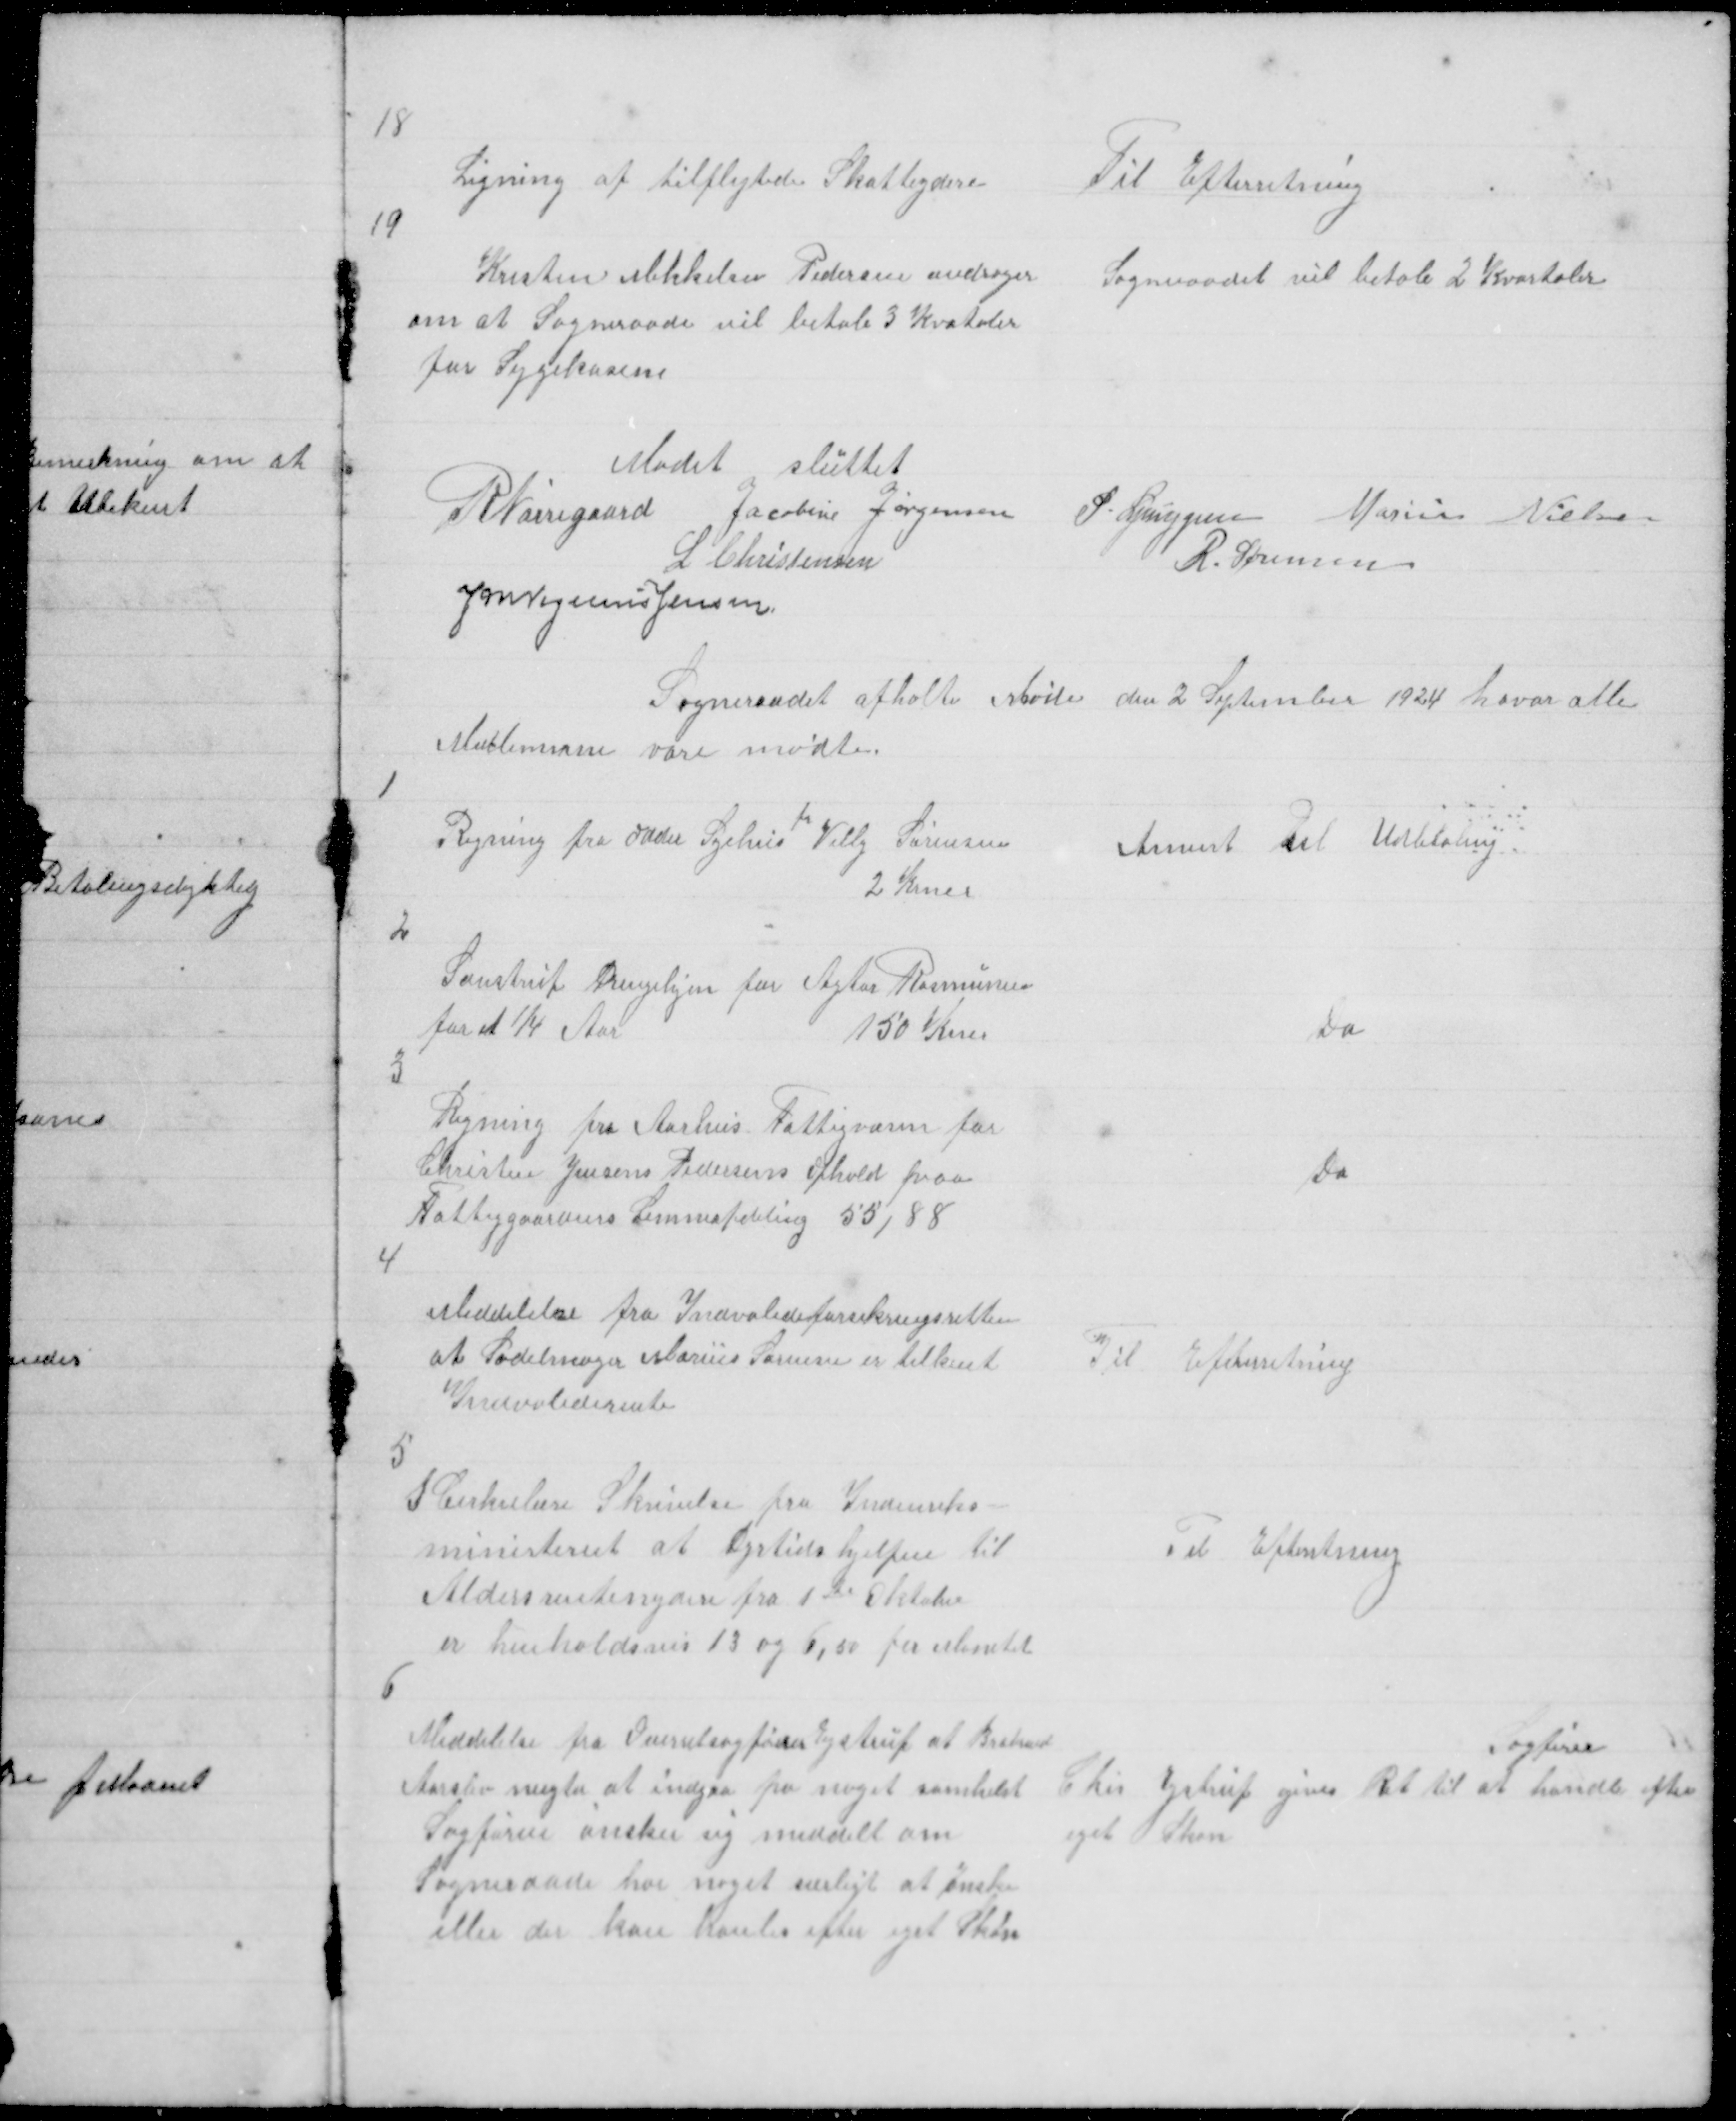
Transskription:
18

Ligning af tilflytede Skatteydere

Til Efterretning

19

Kresten Mikkelsen Pedersen andrager
om at Sogneraade vil betale 3 Kvataler
for Sygekasene

Sogneraadet vil betale 2 Kvartaler

Mødet sluttet
R Nørregaard Jacobine Jørgensen
P. Ljunggren
Marius Nielsen
L Christensen
R. Sørensen
J M Vogelius Jensen

Sogneraadet afholte Møde den 2 September 1924 havor alle
Medlemerne vare mødte

1

Regning fra Odder Syehus
fr
Villy Sørensen
2 Krner

Anvist til Udbetaling

2

Saustrup Drengehjem for Agtor Rasmussen
for et ¼ Aar
150 Krnr

Do

3

Regning fra Aarhus Fattigvæsen for
Christen Jensens Pedersens Ophold paa
Fattiggaardens Lemmeafdeling 55,88

Do

4

Meddelelse fra Indvalideforsikringsretten
at Sadelmager Marius Sørensen er tilkent
Indvaliderente

Til Efterretning

5

I Cirkulære Skrivelse fra Indenriks-
ministeriet at Dyrtidshjelpen til
Aldersrentenydere fra 1te Oktober
er henholdsvis 13 og 6,50 per Alimentat

Til Efterretning

6

Meddelelse fra Overretsagfører Ejstrup at Brabrand
Aarslev nægter at indgaa paa noget somhelst
Sagføren ønsker sig meddelt om
Sogneraade har noget særligt at ønske
eller der kan hanles efter eget Skøn

Sagfører
Chr Ejstrup gives Ret til at handle efter
eget Skøn